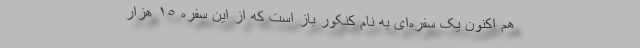
هم اکنون یک سفره‌ای به‌ نام کنکور باز است که از این سفره ١٥ هزار